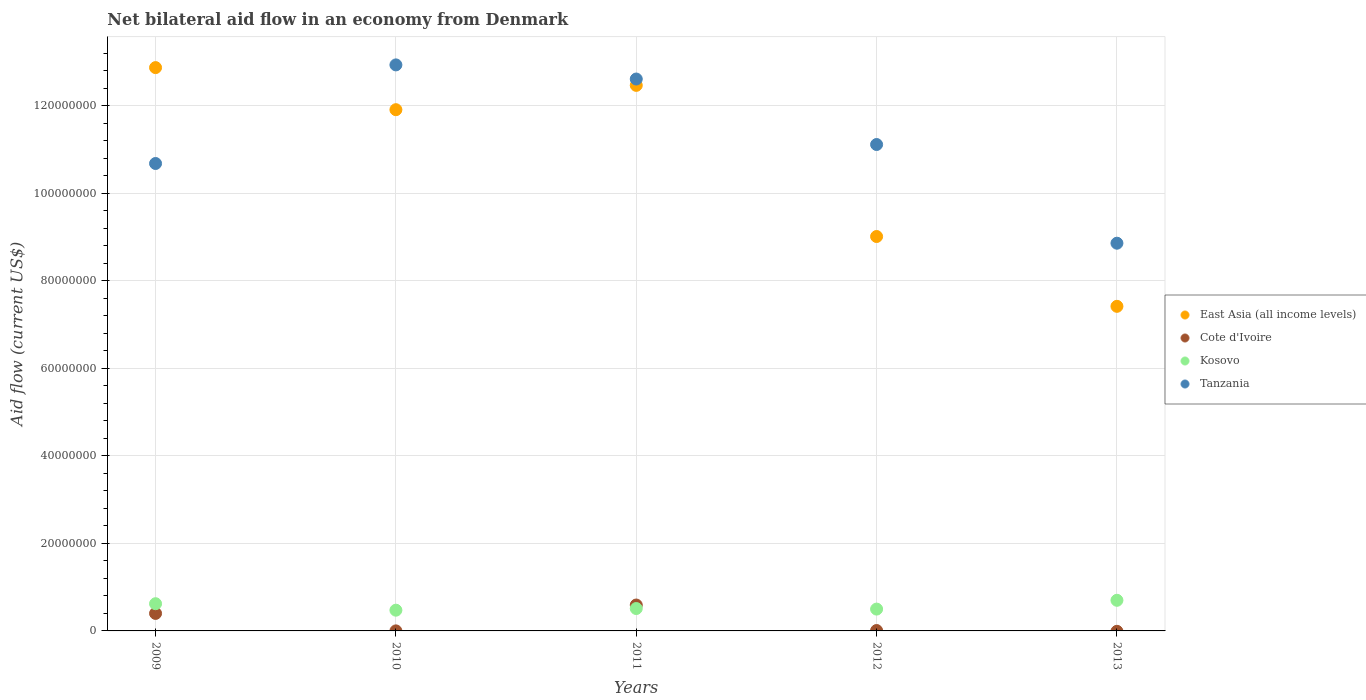
| Years | East Asia (all income levels) | Cote d'Ivoire | Kosovo | Tanzania |
 | --- | --- | --- | --- | --- |
 | 2009 | 1.29e+08 | 4e+06 | 6.22e+06 | 1.07e+08 |
 | 2010 | 1.19e+08 | 1e+04 | 4.74e+06 | 1.29e+08 |
 | 2011 | 1.25e+08 | 5.92e+06 | 5.12e+06 | 1.26e+08 |
 | 2012 | 9.02e+07 | 9e+04 | 4.99e+06 | 1.11e+08 |
 | 2013 | 7.42e+07 | -9e+04 | 7e+06 | 8.86e+07 |